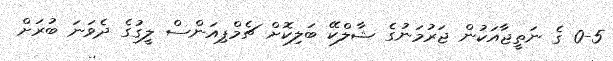
0-5 ގެ ނަތީޖާއަކުން ޖަރުމަނުގެ ޝާލްކޭ ބަލިކޮށް ޗެމްޕިއަންސް ލީގުގެ ދެވަނަ ބުރަށް